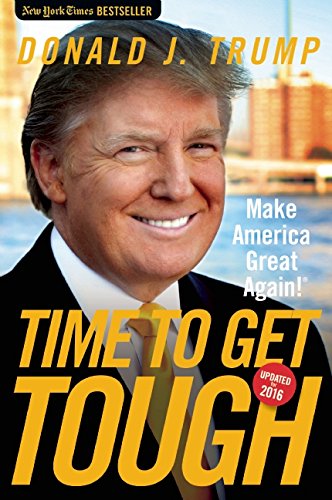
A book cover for Time to Get Tough: Make America Great Again!; Donald J. Trump; Business & Money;